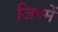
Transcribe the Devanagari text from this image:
जिम्में